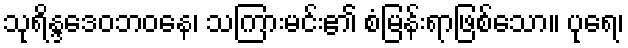
သုရိန္ဒဒေဝဘဝနေ၊ သကြားမင်း၏ စံမြန်းရာဖြစ်သော။ ပုရေ၊